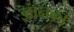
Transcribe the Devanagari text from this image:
ज्ञानका